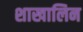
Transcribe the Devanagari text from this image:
शाखालिन